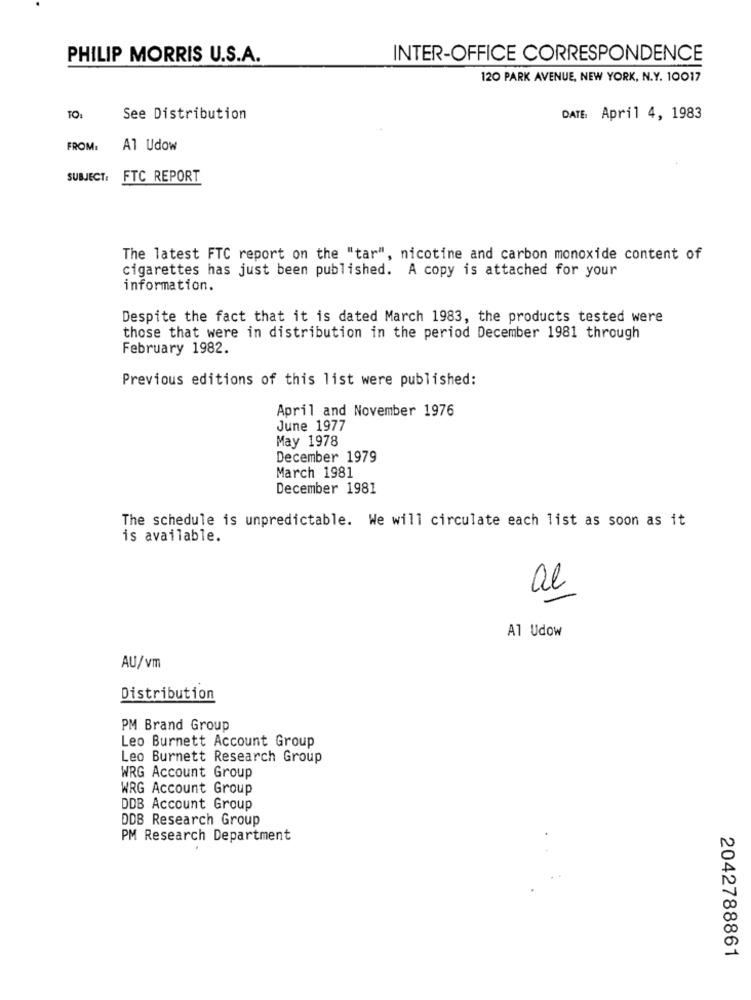
PHILIP MORRIS U.S.A.
INTER-OFFICE CORRESPONDENCE
120 PARK AVENUE, NEW YORK, N.Y. 10017
TO:
See Distribution
DATE: April 4, 1983
FROM:
Al Udow
SUBJECT:
FTC REPORT
The latest FTC report on the "tar", nicotine and carbon monoxide content of
cigarettes has just been published. A copy is attached for your
information.
Despite the fact that it is dated March 1983, the products tested were
those that were in distribution in the period December 1981 through
February 1982.
Previous editions of this list were published:
April and November 1976
June 1977
May 1978
December 1979
March 1981
December 1981
The schedule is unpredictable. We will circulate each list as soon as it
is available.
al
Al Udow
AU/vm
Distribution
PM Brand Group
Leo Burnett Account Group
Leo Burnett Research Group
WRG Account Group
WRG Account Group
DDB Account Group
DDB Research Group
PM Research Department
2042788861